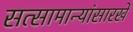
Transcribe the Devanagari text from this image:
सत्सामान्यांसारखे